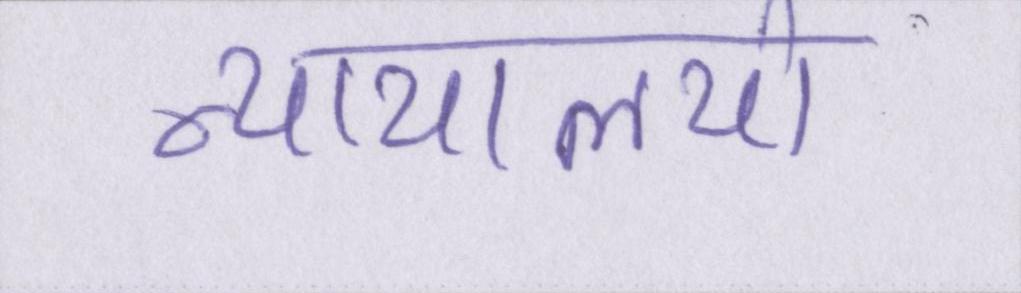
न्यायालयो